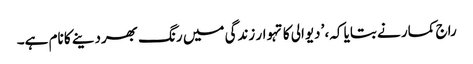
راج کمار نے بتایا کہ، ’دیوالی کا تہوار زندگی میں رنگ بھردینے کا نام ہے۔